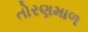
તોરણમાળ